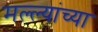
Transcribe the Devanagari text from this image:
मल्ल्यांच्या